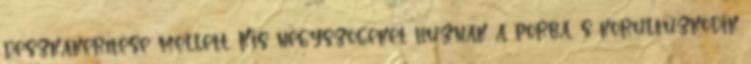
deszkakerítése mellett. Kis négyszögeket húznak a porba, s körültűzködik